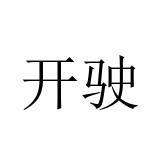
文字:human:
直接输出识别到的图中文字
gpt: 开驶